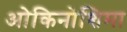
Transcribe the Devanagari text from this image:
ओकिनोशिमा